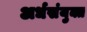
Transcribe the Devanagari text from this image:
अर्धसंयुक्त